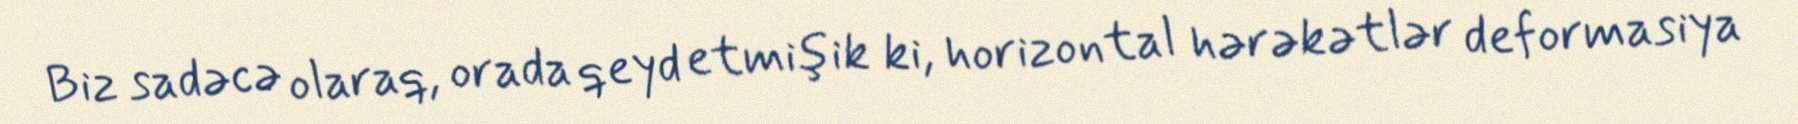
Biz sadəcə olaraq, orada qeyd etmişik ki, horizontal hərəkətlər deformasiya